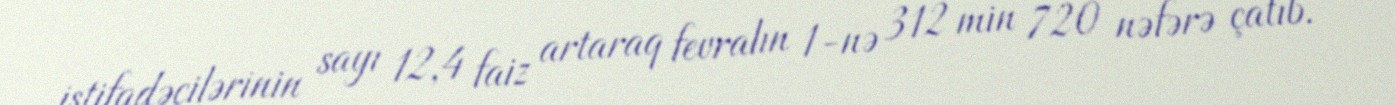
istifadəçilərinin sayı 12,4 faiz artaraq fevralın 1-nə 312 min 720 nəfərə çatıb.